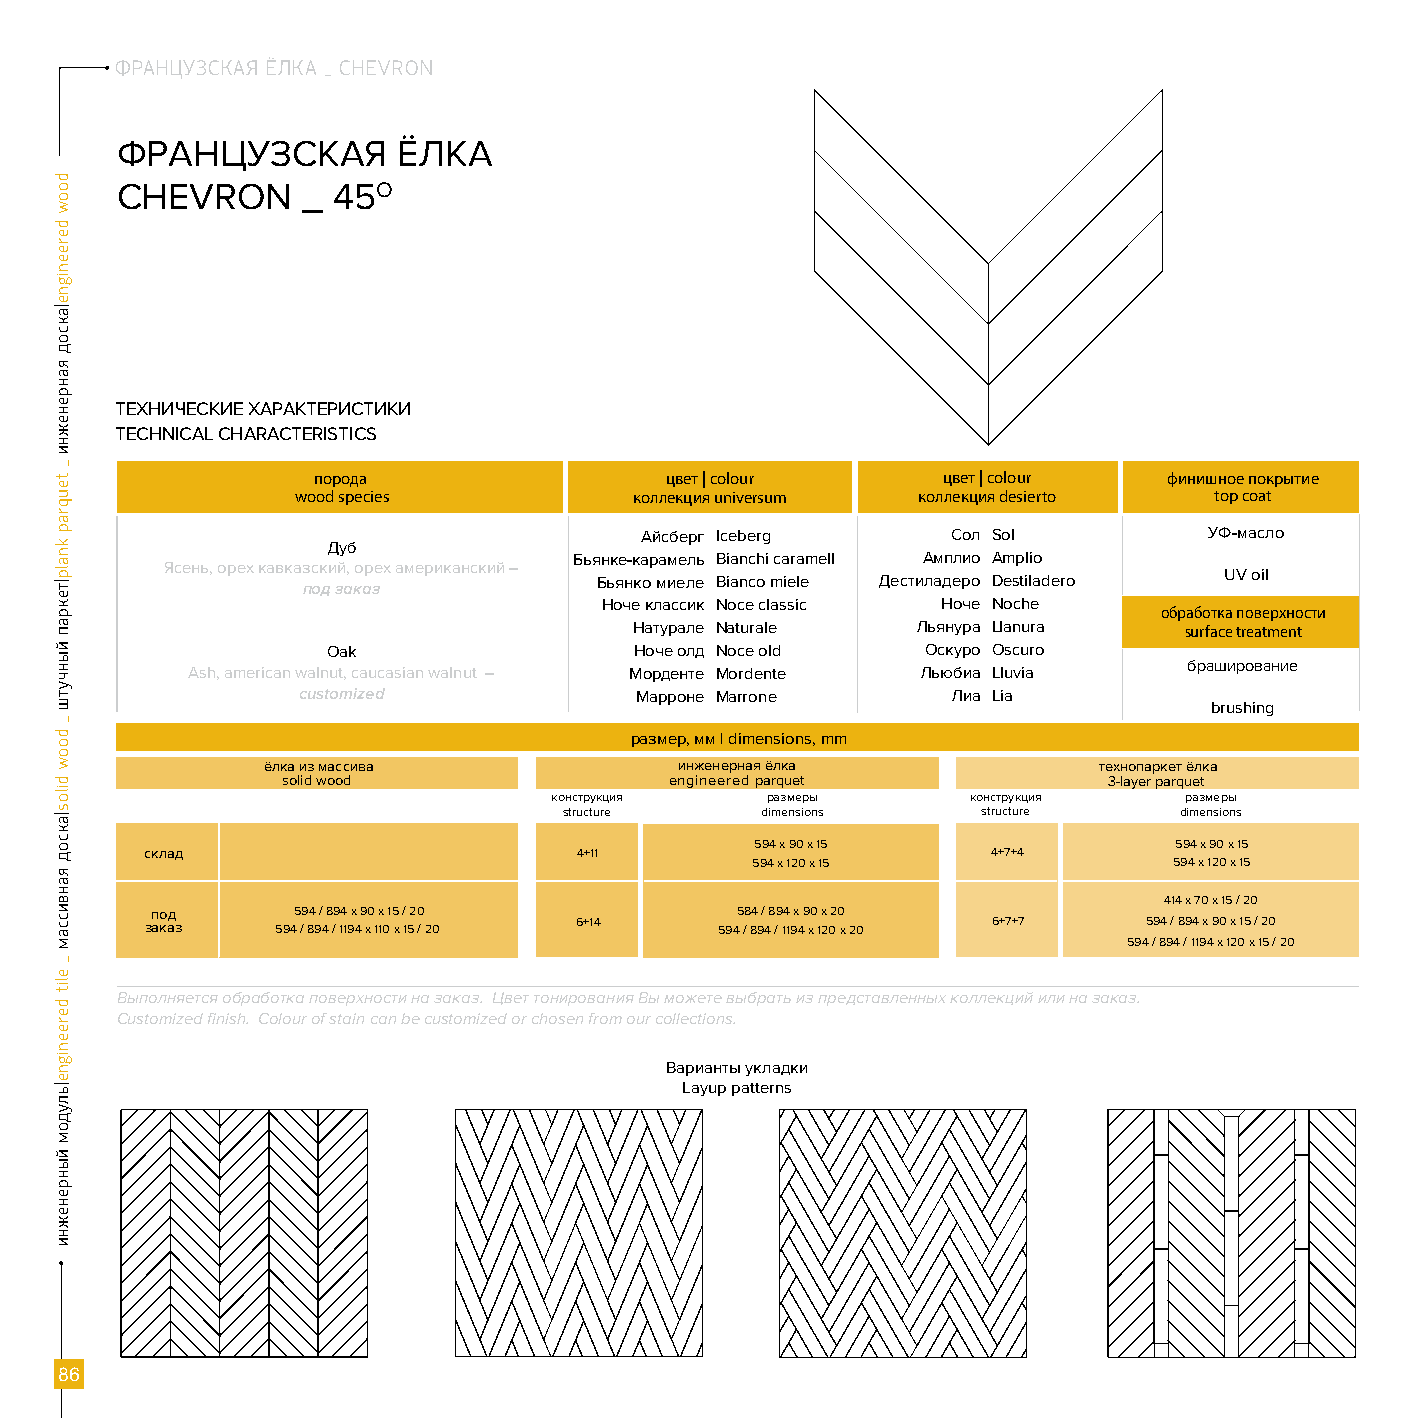
ФРАНЦУЗСКАЯ ЁЛКА _ CHEVRon
 ФРАНЦУЗСКАЯ       ЁЛКА
 CHEVRON     _ 45O
 ТЕХНИЧЕСКИЕ ХАРАКТЕРИСТИКИ
 TECHNICAL CHARACTERISTICS
 порода                 цвет | colour     цвет | colour  финишное покрытие
 wood species          коллекция universum коллекция desierto top coat
 Айсберг Iceberg      Сол Sol          УФ-масло
 Дуб
 Бьянке-карамель Bianchi caramell Амплио Amplio
 Ясень, орех кавказский, орех американский –
 Бьянко миеле Bianco miele Дестиладеро Destiladero UV oil
 под заказ
 Ноче классик Noce classic Ноче Noche
 обработка поверхности
 Натурале Naturale  Льянура Llanura  surface treatment
 Oak                 Ноче олд Noce old  Оскуро Oscuro
 браширование
 Ash, american walnut, caucasian walnut – Морденте Mordente Льюбиа Lluvia
 сustomized            Марроне Marrone      Лиа Lia
 brushing
 размер, мм | dimensions, mm
 ёлка из массива             инженерная ёлка             технопаркет ёлка
 solid wood               engineered parquet           3-layer parquet
 конструкция    размеры      конструкция   размеры
 structure    dimensions     structure    dimensions
 594 х 90 х 15               594 х 90 х 15
 склад                       4+11                        4+7+4
 594 х 120 х 15              594 х 120 х 15
 414 х 70 х 15 / 20
 зп ао кад
 з     594
 5 /9 84
 9
 /
 4
 8 /9 14
 19
 х
 4
 9 х0
 1
 х
 10
 1 5
 х
 /
 1
 52 0
 / 20      6+14
 5945 /8 84
 9
 /
 4
 8 /9 14
 1
 9х
 4
 9 х0
 1
 х
 2
 02 0
 х 20      6+7+7     594 / 894 х 90 х 15 / 20
 594 / 894 / 1194 х 120 х 15 / 20
 Выполняется обработка поверхности на заказ. Цвет тонирования Вы можете выбрать из представленных коллекций или на заказ.
 Customized finish. Colour of stain can be customized or chosen from our collections.
 Варианты укладки
 Layup patterns
 86
 doow
 dereenigne|аксод
 яанренежни
 _ teuqrap
 knalp|текрап
 йынчутш
 _
 doow
 dilos|аксод
 яанвиссам
 _
 elit
 dereenigne|ьлудом
 йынренежни